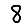
Digit: 8